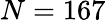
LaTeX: N=167